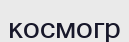
космогр